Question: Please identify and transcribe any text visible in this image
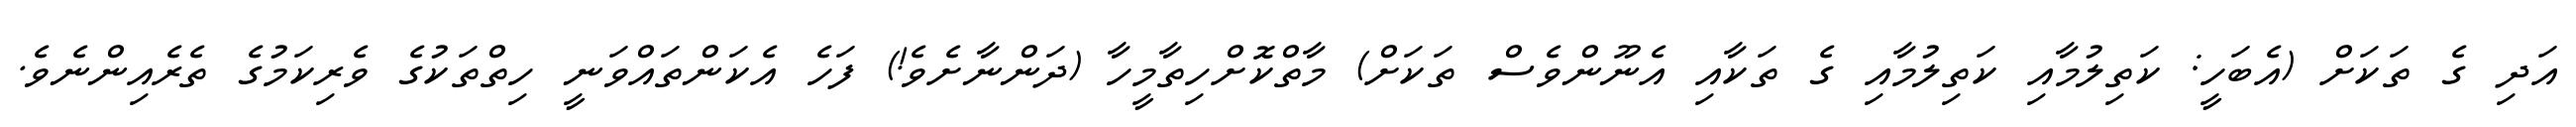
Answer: އަދި ގެ ތަކަށް (އެބަހީ: ކަތިލުމާއި ކަތިލުމާއި ގެ ތަކާއި އެނޫންވެސް ތަކަށް) މާތްކޮށްހިތާމީހާ (ދަންނާށެވެ!) ފަހެ އެކަންތައްވަނީ ހިތްތަކުގެ ވެރިކަމުގެ ތެރެއިންނެވެ.